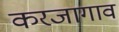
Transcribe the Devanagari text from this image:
करजागाव